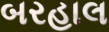
બરહાલ